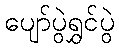
ပျော်ပွဲရွှင်ပွဲ